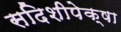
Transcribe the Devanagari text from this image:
सदिशीपेक्षा